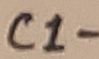
Text: C1-